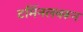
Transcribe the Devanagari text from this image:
टर्मिनलवरून